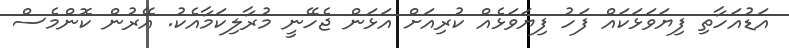
އަޑުއަހާތި ފިޔަވަޅަކައް ފަހު ފިޔަވަޅެއް ކުރިއަށް އަޅަން ޖެހޭނީ މުރާލިކަމާއެކު. އޭރުން ކޮންމެސް